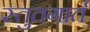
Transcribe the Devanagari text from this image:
स्तुतगार्त